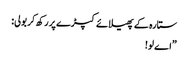
ستارہ کے پھیلائے کپڑے پر رکھ کر بولی:
”اے لو!